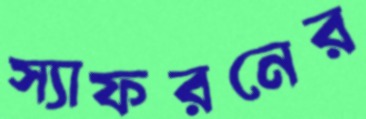
স্যাফরনের